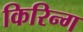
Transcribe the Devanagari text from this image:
किरिन्ग